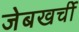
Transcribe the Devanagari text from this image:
जेबखर्ची